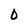
Character: O